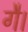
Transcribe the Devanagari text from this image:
गै।